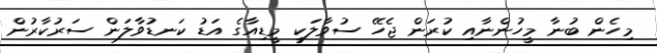
މިހެން ބުނާ މީހުންނާއި ކުރަން ޖެހޭ ސުވާލަކީ މީޑިއާގެ އަޑު ކަނޑުވާލަން ސަރުކާރުން